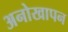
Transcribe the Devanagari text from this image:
अनोखापन